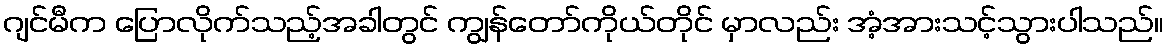
ဂျင်မီက ပြောလိုက်သည့်အခါတွင် ကျွန်တော်ကိုယ်တိုင် မှာလည်း အံ့အားသင့်သွားပါသည်။